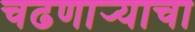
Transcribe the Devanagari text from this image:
चढणार्‍याचा